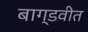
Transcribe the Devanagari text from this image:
बाग्डवीत